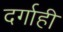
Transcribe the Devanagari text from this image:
दर्गाही